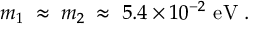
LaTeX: m _ { 1 } \; \approx \; m _ { 2 } \; \approx \; 5 . 4 \times 1 0 ^ { - 2 } ~ \mathrm { e V } \; .